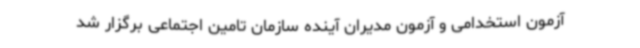
آزمون استخدامی و آزمون مدیران آینده سازمان تامین اجتماعی برگزار شد